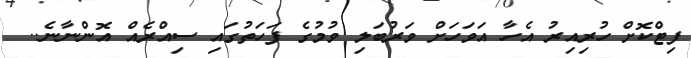
ފިޓްކޮށް ހުރިއިރު އެހާ އަވަހަށް ވަރުބަލި ވުމުގެ ފަހަތުގައި ސިއްރެއް އޮންނާނެ..